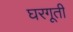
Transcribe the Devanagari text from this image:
घरगूती